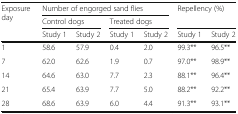
<table><thead><tr><td rowspan="3"><b>Exposure day</b></td><td colspan="4"><b>Number of engorged sand flies</b></td><td rowspan="2" colspan="2"><b>Repellency (%)</b></td></tr><tr><td colspan="2"><b>Control dogs</b></td><td colspan="2"><b>Treated dogs</b></td></tr><tr><td><b>Study 1</b></td><td><b>Study 2</b></td><td><b>Study 1</b></td><td><b>Study 2</b></td><td><b>Study 1</b></td><td><b>Study 2</b></td></tr></thead><tbody><tr><td>1</td><td>58.6</td><td>57.9</td><td>0.4</td><td>2.0</td><td>99.3**</td><td>96.5**</td></tr><tr><td>7</td><td>62.0</td><td>62.6</td><td>1.9</td><td>0.7</td><td>97.0**</td><td>98.9**</td></tr><tr><td>14</td><td>64.6</td><td>63.0</td><td>7.7</td><td>2.3</td><td>88.1**</td><td>96.4**</td></tr><tr><td>21</td><td>65.4</td><td>63.9</td><td>7.7</td><td>5.0</td><td>88.2**</td><td>92.2**</td></tr><tr><td>28</td><td>68.6</td><td>63.9</td><td>6.0</td><td>4.4</td><td>91.3**</td><td>93.1**</td></tr></tbody></table>